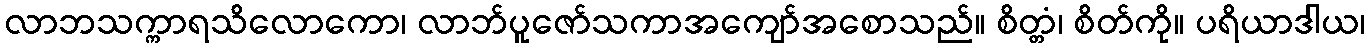
လာဘသက္ကာရသိလောကော၊ လာဘ်ပူဇော်သကာအကျော်အစောသည်။ စိတ္တံ၊ စိတ်ကို။ ပရိယာဒါယ၊